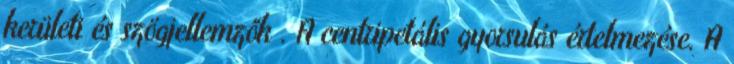
kerületi és szögjellemzők . A centripetális gyorsulás értelmezése. A